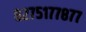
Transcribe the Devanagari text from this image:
८२७५१७७८७७